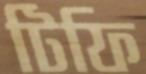
টিফি